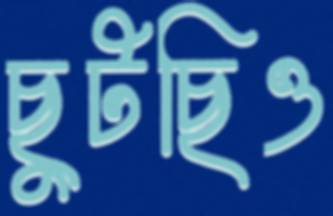
ছুটছিও